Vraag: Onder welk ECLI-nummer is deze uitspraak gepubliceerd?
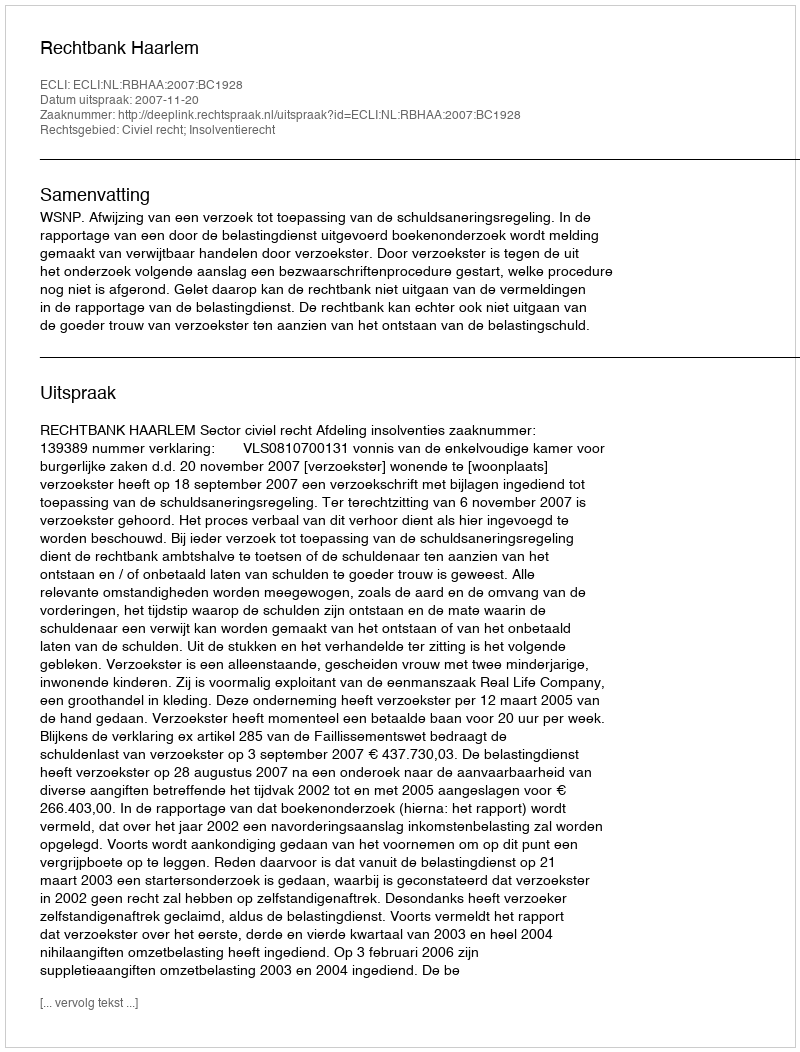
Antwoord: ECLI:NL:RBHAA:2007:BC1928